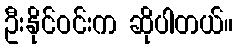
ဦးနိုင်ဝင်းက ဆိုပါတယ်။